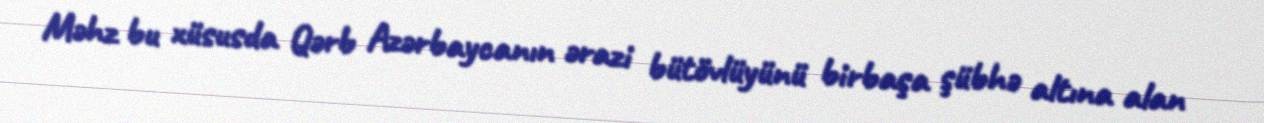
Məhz bu xüsusda Qərb Azərbaycanın ərazi bütövlüyünü birbaşa şübhə altına alan